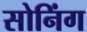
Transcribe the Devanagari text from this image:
सोनिंग